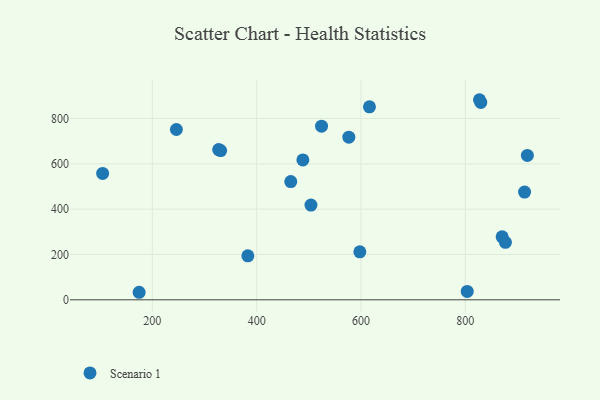
{"axis": {"x": "Speed", "y": "Sales"}, "legend": ["Scenario 1"], "data": [{"x": "597.8", "y": 211.6, "type": "Scenario 1"}, {"x": "488.6", "y": 617.2, "type": "Scenario 1"}, {"x": "330.9", "y": 658.5, "type": "Scenario 1"}, {"x": "465.4", "y": 521.9, "type": "Scenario 1"}, {"x": "870.6", "y": 277.8, "type": "Scenario 1"}, {"x": "827.2", "y": 882.9, "type": "Scenario 1"}, {"x": "174.7", "y": 33.2, "type": "Scenario 1"}, {"x": "919.0", "y": 637.0, "type": "Scenario 1"}, {"x": "327.2", "y": 663.1, "type": "Scenario 1"}, {"x": "913.6", "y": 475.4, "type": "Scenario 1"}, {"x": "616.3", "y": 851.4, "type": "Scenario 1"}, {"x": "829.7", "y": 871.2, "type": "Scenario 1"}, {"x": "383.1", "y": 193.9, "type": "Scenario 1"}, {"x": "104.7", "y": 557.6, "type": "Scenario 1"}, {"x": "803.7", "y": 37.0, "type": "Scenario 1"}, {"x": "576.7", "y": 717.5, "type": "Scenario 1"}, {"x": "246.1", "y": 751.6, "type": "Scenario 1"}, {"x": "524.4", "y": 766.3, "type": "Scenario 1"}, {"x": "876.9", "y": 253.6, "type": "Scenario 1"}, {"x": "504.1", "y": 418.1, "type": "Scenario 1"}]}